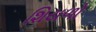
શિયળો